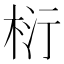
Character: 𭪂